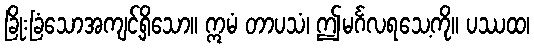
ခြိုးခြံသောအကျင့်ရှိသော။ ဣမံ တာပသံ၊ ဤမင်္ဂလရသေ့ကို။ ပဿထ၊